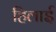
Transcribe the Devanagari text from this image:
हिलाई